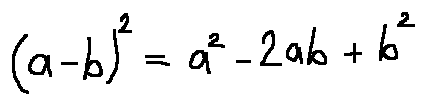
( a - b ) ^ { 2 } = a ^ { 2 } - 2 a b + b ^ { 2 }